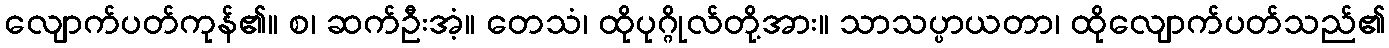
လျောက်ပတ်ကုန်၏။ စ၊ ဆက်ဦးအံ့။ တေသံ၊ ထိုပုဂ္ဂိုလ်တို့အား။ သာသပ္ပာယတာ၊ ထိုလျောက်ပတ်သည်၏